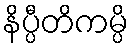
နိပ္ပီတိကမ္ပိ